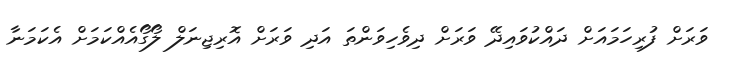
ވަރަށް ފުރިހަމައަށް ދައްކުވައިދޭ ވަރަށް ދިވެހިވަންތަ އަދި ވަރަށް އޮރިޖިނަލް ލޯގޯއެއްކަމަށް އެކަމަނާ